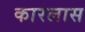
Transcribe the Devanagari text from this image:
कारलास